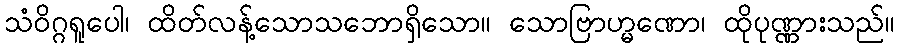
သံဝိဂ္ဂရူပေါ၊ ထိတ်လန့်သောသဘောရှိသော။ သောဗြာဟ္မဏော၊ ထိုပုဏ္ဏားသည်။